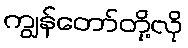
ကျွန်တော်တို့လို